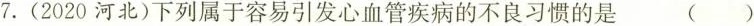
7.(2020河北)下列属于容易引发心血管疾病的不良习惯的是 ( )